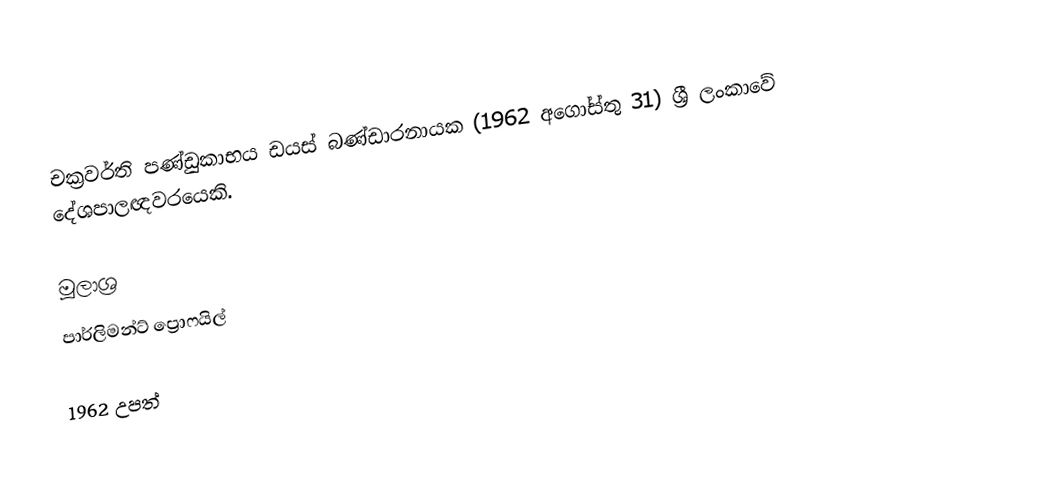
චක්‍රවර්ති පණ්ඩුකාභය ඩයස් බණ්ඩාරනායක (1962 අගෝස්තු 31) ශ්‍රී ලංකාවේ දේශපාලඥවරයෙකි.

මූලාශ්‍ර
පාර්ලිමන්ට් ප්‍රොෆයිල්

1962 උපත්